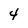
Character: 4